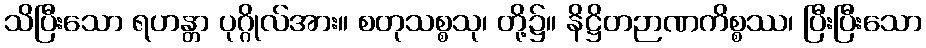
သိပြီးသော ရဟန္တာ ပုဂ္ဂိုလ်အား။ စတုသစ္စသု၊ တို့၌။ နိဋ္ဌိတဉာဏကိစ္စဿ၊ ပြီးပြီးသော